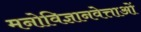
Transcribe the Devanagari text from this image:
मनोविज्ञानवेत्ताओं